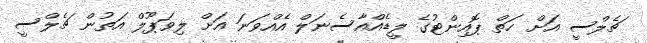
ޗެލްސީ އަށް ހަތް ޕޮއިންޓުގެ ލީޑެއްއާސެނަލް އެއްވަނަ އަށް ލިވަޕޫލް އަތުން ޗެލްސީ